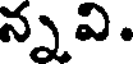
న్నవి.